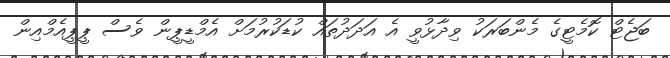
ބަޖެޓް ކޮމެޓީގެ މެންބަރަކު ވިދާޅުވީ އެ އަދަދުތައް ކުޑަކުރުމަށް އެމްޑީޕީން ވެސް ޕީޕީއެމްއިން